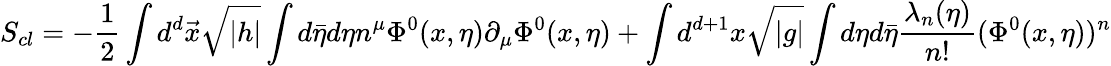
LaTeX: S_{cl}=-\frac{1}{2}\int d^{d}\vec{x}\sqrt{|h|}\int d\bar{\eta}d\eta n^{\mu}\Phi^{0}(x,\eta)\partial_{\mu}\Phi^{0}(x,\eta)+\int d^{d+1}x\sqrt{|g|}\int d\eta d\bar{\eta}\frac{\lambda_{n}(\eta)}{n!}(\Phi^{0}(x,\eta))^{n}